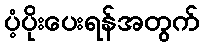
ပံ့ပိုးပေးရန်အတွက်